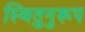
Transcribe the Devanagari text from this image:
स्थितुनुरूप